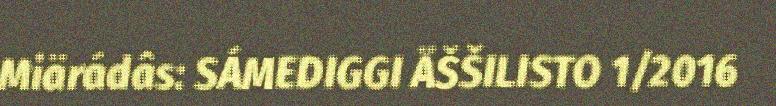
Miärádâs: SÁMEDIGGI ÄŠŠILISTO 1/2016